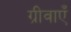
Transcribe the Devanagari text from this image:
ग्रीवाएँ